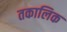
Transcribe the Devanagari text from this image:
तकालिक